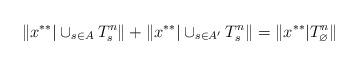
LaTeX: \begin{align*}\|x^{**}|\cup_{s\in A} T^n_s\|+\|x^{**}|\cup_{s\in A'} T^n_s\|=\|x^{**}| T^n_{\varnothing}\|\end{align*}